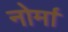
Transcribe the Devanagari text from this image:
नोर्मा